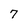
Character: 7